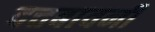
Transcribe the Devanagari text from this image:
दत्तबावनी